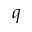
q